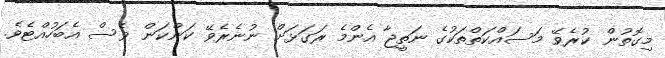
މިގޮތުން ކުރެވޭ މަސައްކަތްތަކުގެ ނަތީޖާ އެންމެ ރަގަޅަށް ނުނެރެވޭ ކަންކަން ވެސް އެބަހުއްޓެވެ.